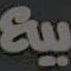
بيع